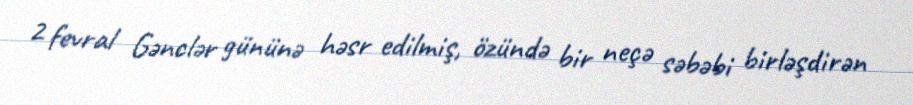
2 fevral Gənclər gününə həsr edilmiş, özündə bir neçə səbəbi birləşdirən